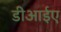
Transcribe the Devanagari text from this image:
डीआईए